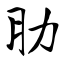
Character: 肋